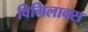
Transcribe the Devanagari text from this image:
विगिलाक्स